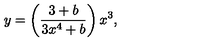
y = \left( \frac { 3 + b } { 3 x ^ { 4 } + b } \right) x ^ { 3 } ,